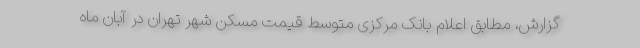
گزارش، مطابق اعلام بانک مرکزی متوسط قیمت مسکن شهر تهران در آبان ماه